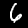
Label: 6